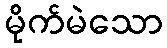
မိုက်မဲသော